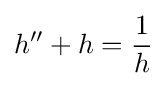
h''+h={\frac {1}{h}}